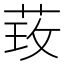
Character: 𮶦